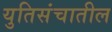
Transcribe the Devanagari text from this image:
युतिसंचातील